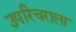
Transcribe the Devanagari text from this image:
उपरिचराला